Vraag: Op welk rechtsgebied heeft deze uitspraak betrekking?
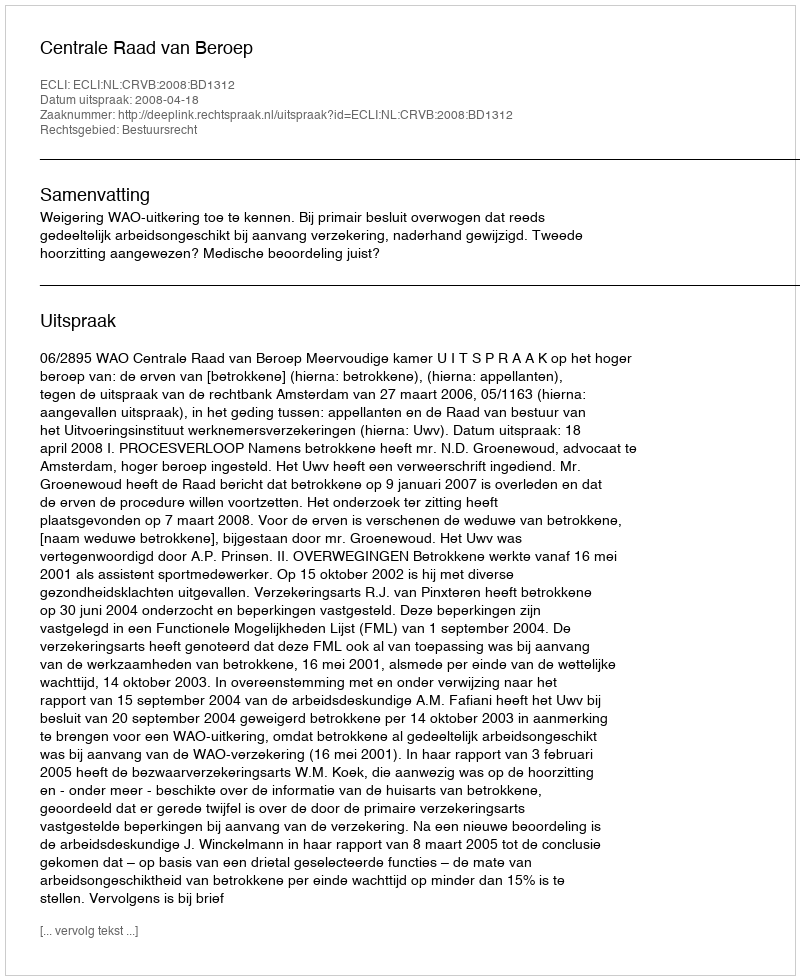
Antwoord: Bestuursrecht